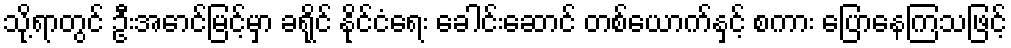
သို့ရာတွင် ဦးအောင်မြင့်မှာ ခရိုင် နိုင်ငံရေး ခေါင်းဆောင် တစ်ယောက်နှင့် စကား ပြောနေကြသဖြင့်